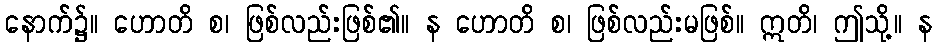
နောက်၌။ ဟောတိ စ၊ ဖြစ်လည်းဖြစ်၏။ န ဟောတိ စ၊ ဖြစ်လည်းမဖြစ်။ ဣတိ၊ ဤသို့။ န